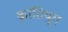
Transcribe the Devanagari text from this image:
क्रांतियुग